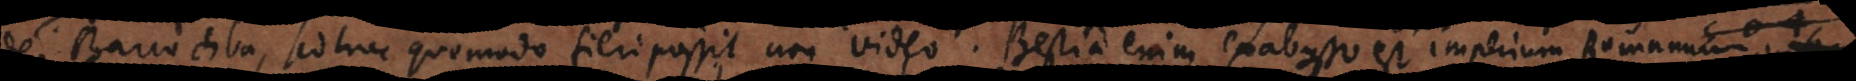
de Barcochba, sed hoc quomodo fieri possit non video. Bestia enim ex abysso est imperium Romanum